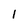
Character: 1